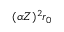
( \alpha Z ) ^ { 2 } r _ { 0 }